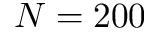
N = 2 0 0